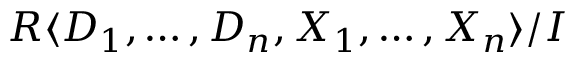
R \langle D _ { 1 } , \ldots , D _ { n } , X _ { 1 } , \ldots , X _ { n } \rangle / I